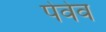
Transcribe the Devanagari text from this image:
पेवेव